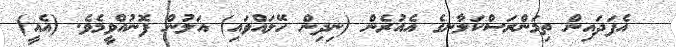
އެފަދައިން ތިމަންރަސްކަލާނގެ އެއުރެން (ނިދިން ހޭލައްވައި) އަލުން ފޮނުއްވީމެވެ. (އެއީ)